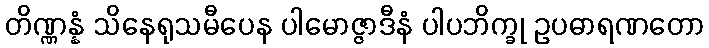
တိဏ္ဏန္နံ သိနေရုသမီပေန ပါမောဇ္ဇာဒီနံ ပါပဘိက္ခု ဥပဓာရဏတော